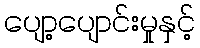
ပျော့ပျောင်းမှုနှင့်